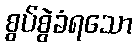
စွပ်စွဲခံရသော